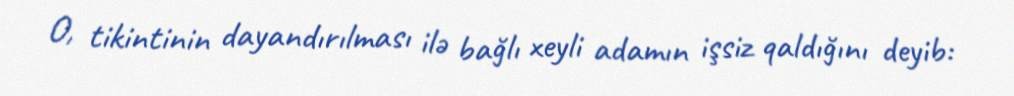
O, tikintinin dayandırılması ilə bağlı xeyli adamın işsiz qaldığını deyib: